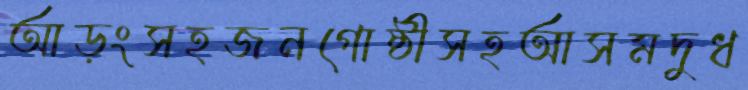
আড়ংসহজনগোষ্ঠীসহআসমদুধ